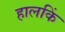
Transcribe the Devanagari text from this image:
हालकिं